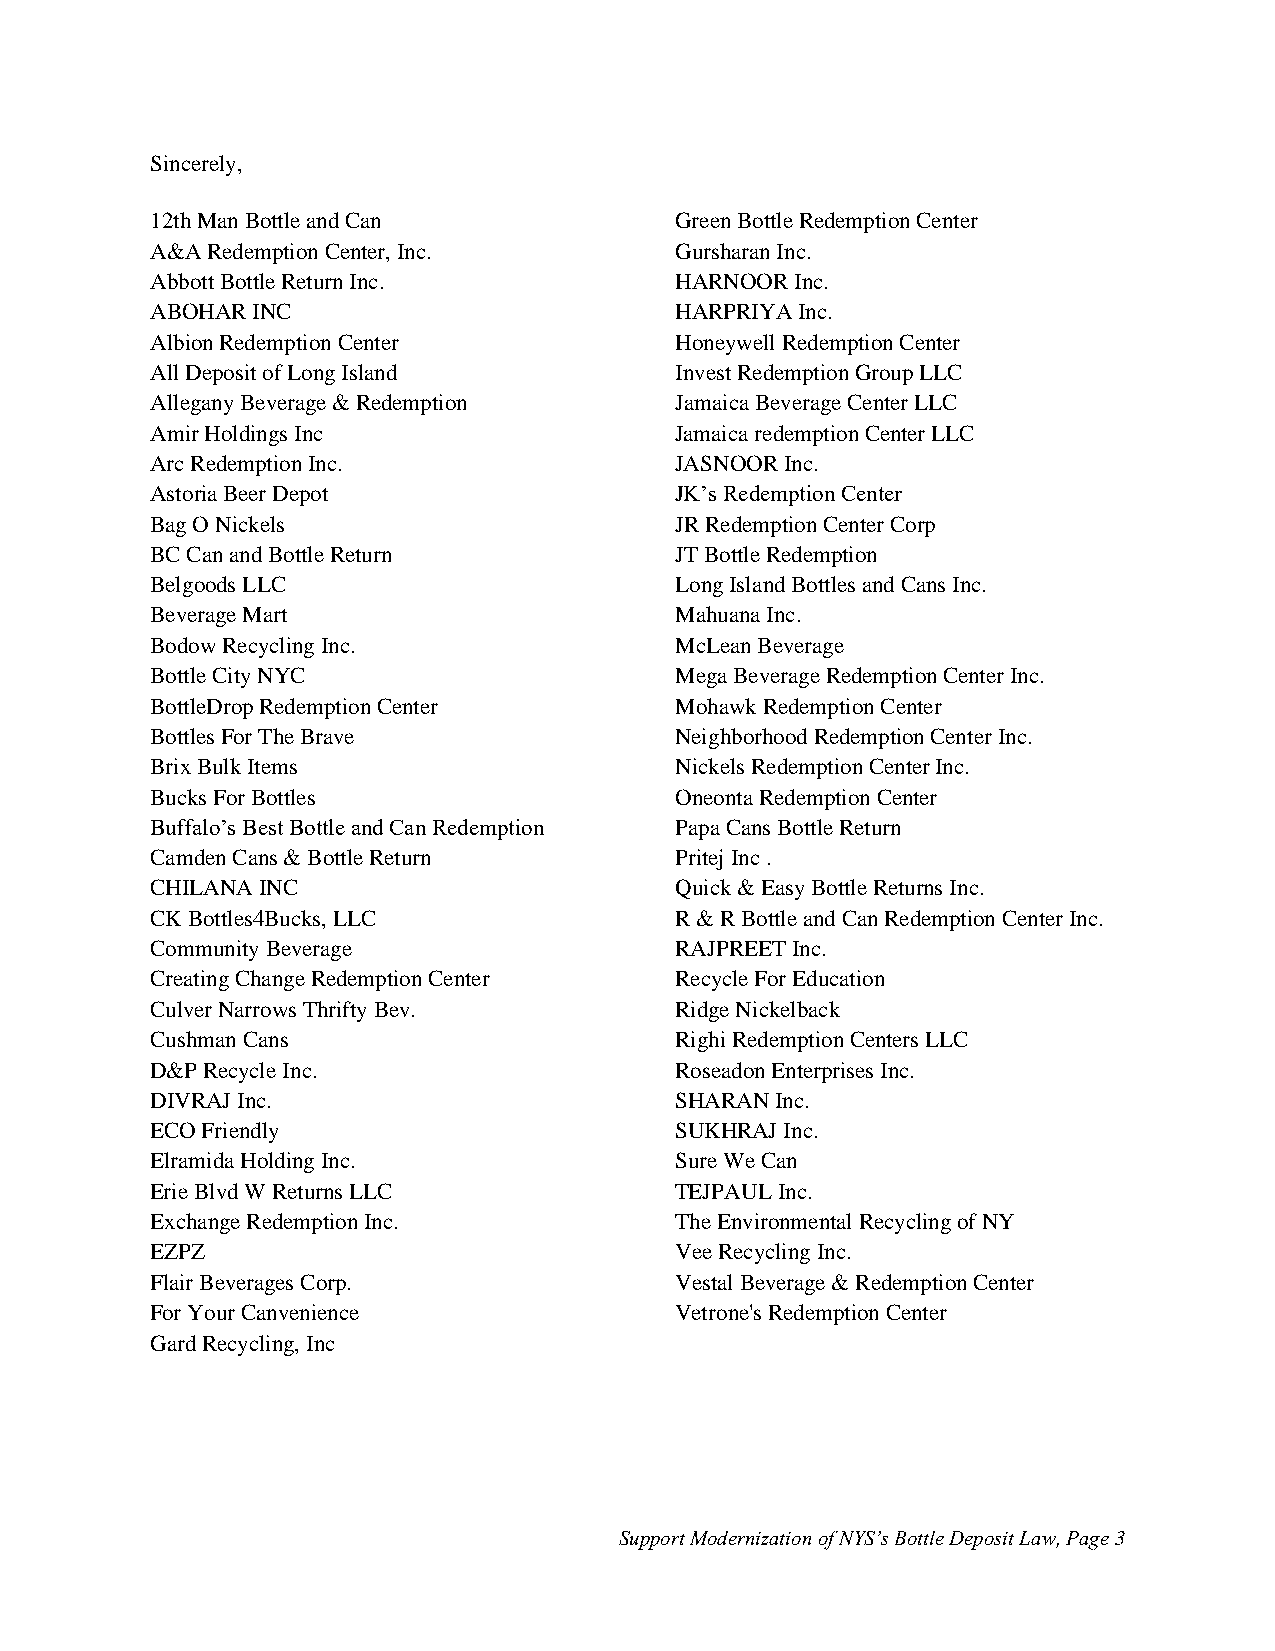
Sincerely,
 12th Man Bottle and Can            Green Bottle Redemption Center
 A&A Redemption Center, Inc.        Gursharan Inc.
 Abbott Bottle Return Inc.          HARNOOR Inc.
 ABOHAR INC                         HARPRIYA Inc.
 Albion Redemption Center           Honeywell Redemption Center
 All Deposit of Long Island         Invest Redemption Group LLC
 Allegany Beverage & Redemption     Jamaica Beverage Center LLC
 Amir Holdings Inc                  Jamaica redemption Center LLC
 Arc Redemption Inc.                JASNOOR Inc.
 Astoria Beer Depot                 JK’s Redemption Center
 Bag O Nickels                      JR Redemption Center Corp
 BC Can and Bottle Return           JT Bottle Redemption
 Belgoods LLC                       Long Island Bottles and Cans Inc.
 Beverage Mart                      Mahuana Inc.
 Bodow Recycling Inc.               McLean Beverage
 Bottle City NYC                    Mega Beverage Redemption Center Inc.
 BottleDrop Redemption Center       Mohawk Redemption Center
 Bottles For The Brave              Neighborhood Redemption Center Inc.
 Brix Bulk Items                    Nickels Redemption Center Inc.
 Bucks For Bottles                  Oneonta Redemption Center
 Buffalo’s Best Bottle and Can Redemption Papa Cans Bottle Return
 Camden Cans & Bottle Return        Pritej Inc .
 CHILANA INC                        Quick & Easy Bottle Returns Inc.
 CK Bottles4Bucks, LLC              R & R Bottle and Can Redemption Center Inc.
 Community Beverage                 RAJPREET Inc.
 Creating Change Redemption Center  Recycle For Education
 Culver Narrows Thrifty Bev.        Ridge Nickelback
 Cushman Cans                       Righi Redemption Centers LLC
 D&P Recycle Inc.                   Roseadon Enterprises Inc.
 DIVRAJ Inc.                        SHARAN Inc.
 ECO Friendly                       SUKHRAJ Inc.
 Elramida Holding Inc.              Sure We Can
 Erie Blvd W Returns LLC            TEJPAUL Inc.
 Exchange Redemption Inc.           The Environmental Recycling of NY
 EZPZ                               Vee Recycling Inc.
 Flair Beverages Corp.              Vestal Beverage & Redemption Center
 For Your Canvenience               Vetrone's Redemption Center
 Gard Recycling, Inc
 Support Modernization of NYS’s Bottle Deposit Law, Page 3